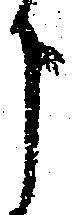
う